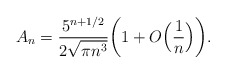
\begin{align*} A_n=\frac{5^{n+1/2}}{2\sqrt{\pi n^3}}\biggl(1+O\Bigl(\frac1n\Bigr)\biggr).\end{align*}